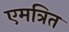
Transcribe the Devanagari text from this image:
एमत्रित